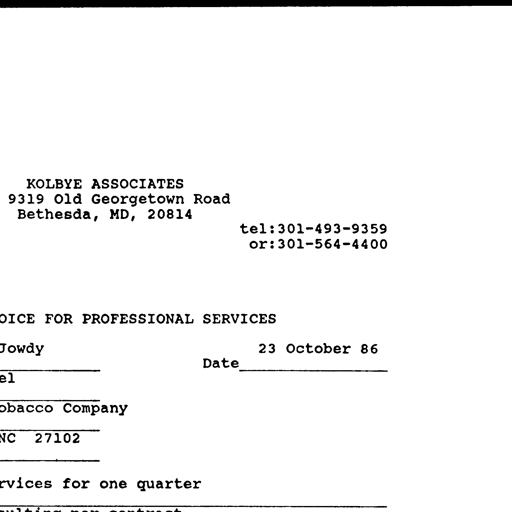
KOLBYE ASSOCIATES
9319 Old Georgetown Road
Bethesda, MD, 20814
tel:301-493-9359
or:301-564-4400
OICE FOR PROFESSIONAL SERVICES
Jowdy
23 October 86
Date
el
bacco Company
NC 27102
rvices for one quarter